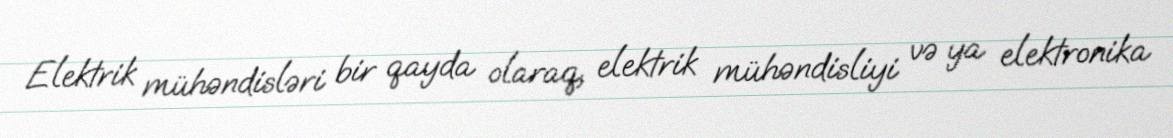
Elektrik mühəndisləri bir qayda olaraq, elektrik mühəndisliyi və ya elektronika